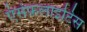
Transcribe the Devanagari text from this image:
एंसेफ़लाइटिस